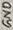
Text: GND